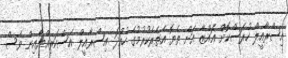
އިސްރާއީލް ހުރަސްކޮށް ޣައްޒާ އަށް ތެޔޮ އެތެރެކުރުމުގެ ހުއްދަ އިސްރާއީލް އަސްކަރިއްޔާއިން ވެސް